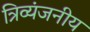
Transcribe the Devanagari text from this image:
त्रिव्यंजनीय